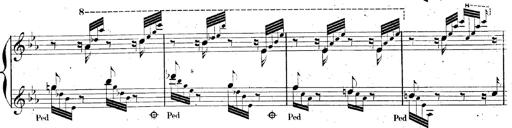
Title: AnnÃ©es de pÃ¨lerinage II, SupplÃ©ment
Composer: Franz Liszt